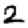
Digit: 2